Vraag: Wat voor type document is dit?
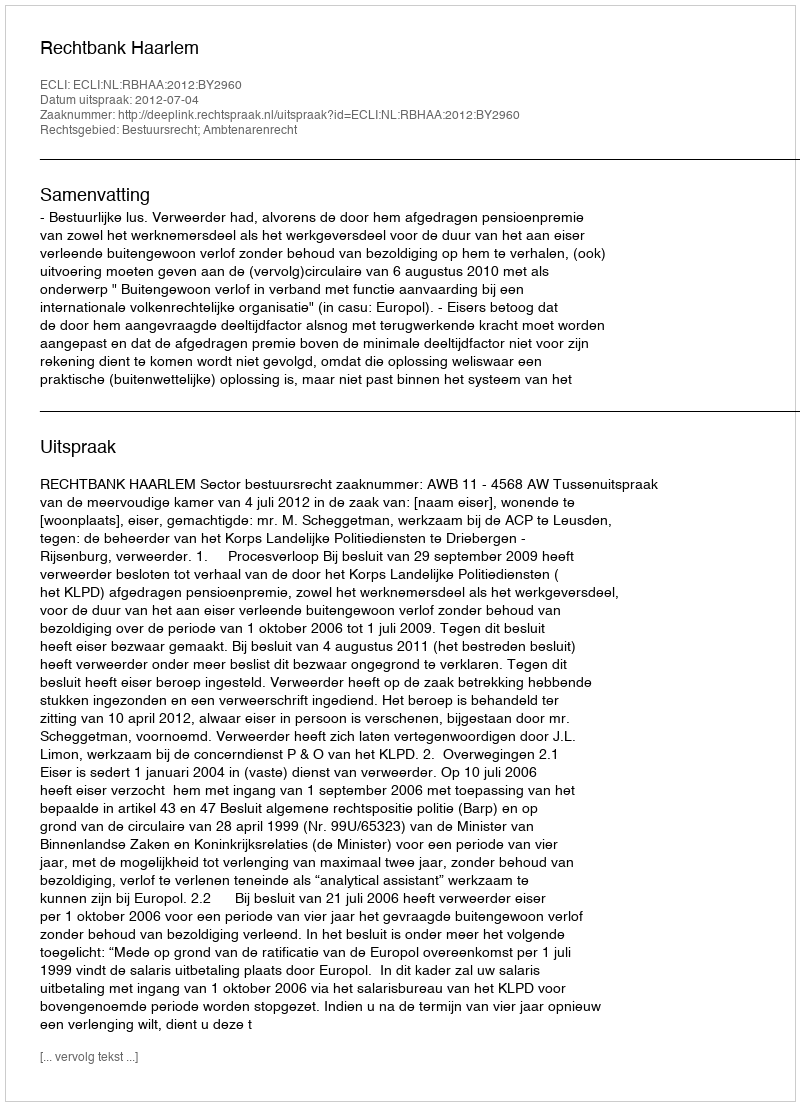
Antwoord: Uitspraak